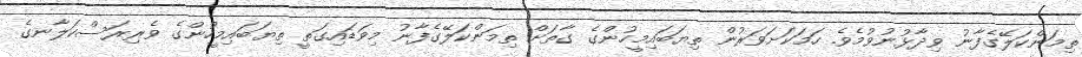
ތިމަންކަލޭގެފާނު ވިދާޅުނުވުމެވެ. ހަމަކަށަވަރުން ތިޔަބައިމީހުންގެ ގާތަށް ތިމަންކަލޭގެފާނު މިވަޑައިގަތީ ތިޔަބައިމީހުންގެ ވެރިރަސްކަލާނގެ